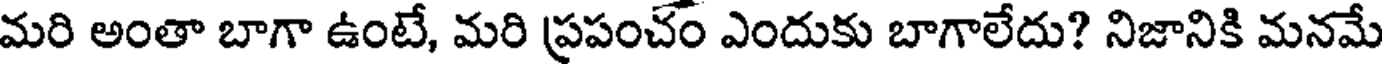
మరి అంతా బాగా ఉంటే, మరి ప్రపంచం ఎందుకు బాగాలేదు? నిజానికి మనమే